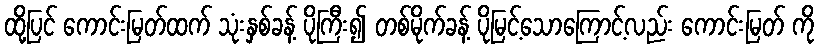
ထို့ပြင် ကောင်းမြတ်ထက် သုံးနှစ်ခန့် ပိုကြီး၍ တစ်မိုက်ခန့် ပိုမြင့်သောကြောင့်လည်း ကောင်းမြတ် ကို